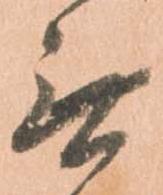
無